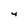
Character: 4